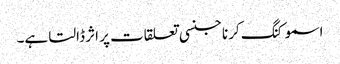
اسموکنگ کرنا جنسی تعلقات پر اثر ڈالتا ہے۔